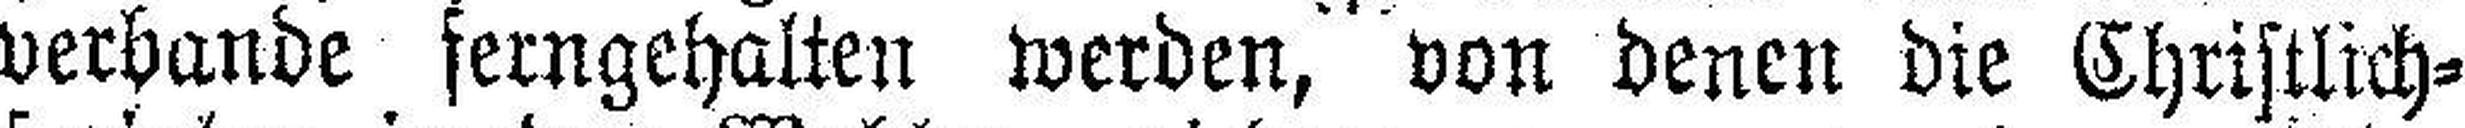
verbande ferngehalten werden, von denen die Christlich¬